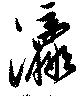
瀛